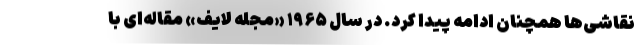
نقاشی‌ها همچنان ادامه پیدا کرد. در سال ۱۹۶۵ «مجله لایف» مقاله‌ای با